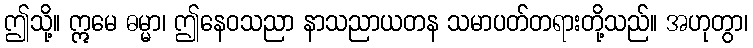
ဤသို့။ ဣမေ ဓမ္မာ၊ ဤနေဝသညာ နာသညာယတန သမာပတ်တရားတို့သည်။ အဟုတွာ၊